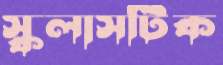
স্কলাসটিক